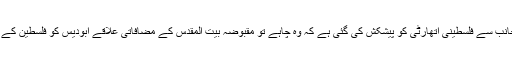
اسماعیل ہانیہ نے کہا کہ امریکا کی جانب سے فلسطینی اتھارٹی کو پیشکش کی گئی ہے کہ وہ چاہے تو مقبوضہ بیت المقدس کے مضافاتی علاقے ابودیس کو فلسطین کے دارالحکومت کا درجہ دیا جاسکتا ہے۔